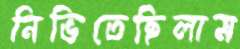
নিভিতেছিলাম